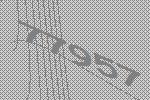
77957